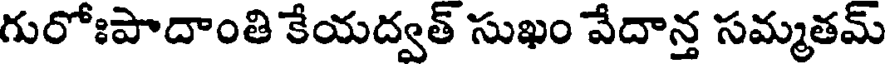
గురోఃపాదాంతి కేయద్వత్ సుఖం వేదాన్త సమ్మతమ్